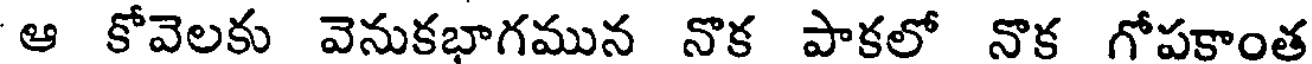
ఆ కోవెలకు వెనుకభాగమున నొక పాకలో నొక గోపకాంత